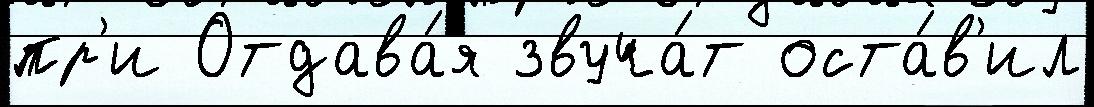
пр'и Отдава́я звуча́т оста́в'ил